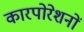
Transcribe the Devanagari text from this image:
कारपोरेशनों